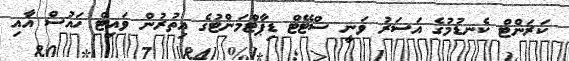
ކަރަންޓް ކެނޑުމުގެ އަސަރު ވަނީ ސްޓޭޓް ޑިޕާޓްމަންޓުގެ އިތުރުން ވައިޓް ހައުސް އާއި